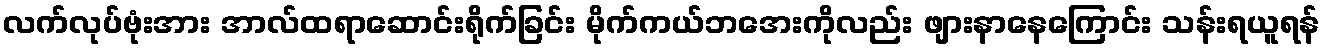
လက်လုပ်ဗုံးအား အာလ်ထရာဆောင်းရိုက်ခြင်း မိုက်ကယ်ဘအေးကိုလည်း ဖျားနာနေကြောင်း သန်းရယူရန်